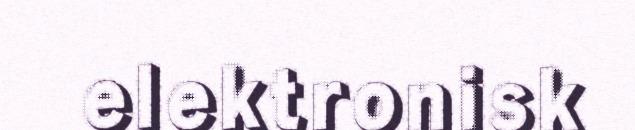
elektronisk